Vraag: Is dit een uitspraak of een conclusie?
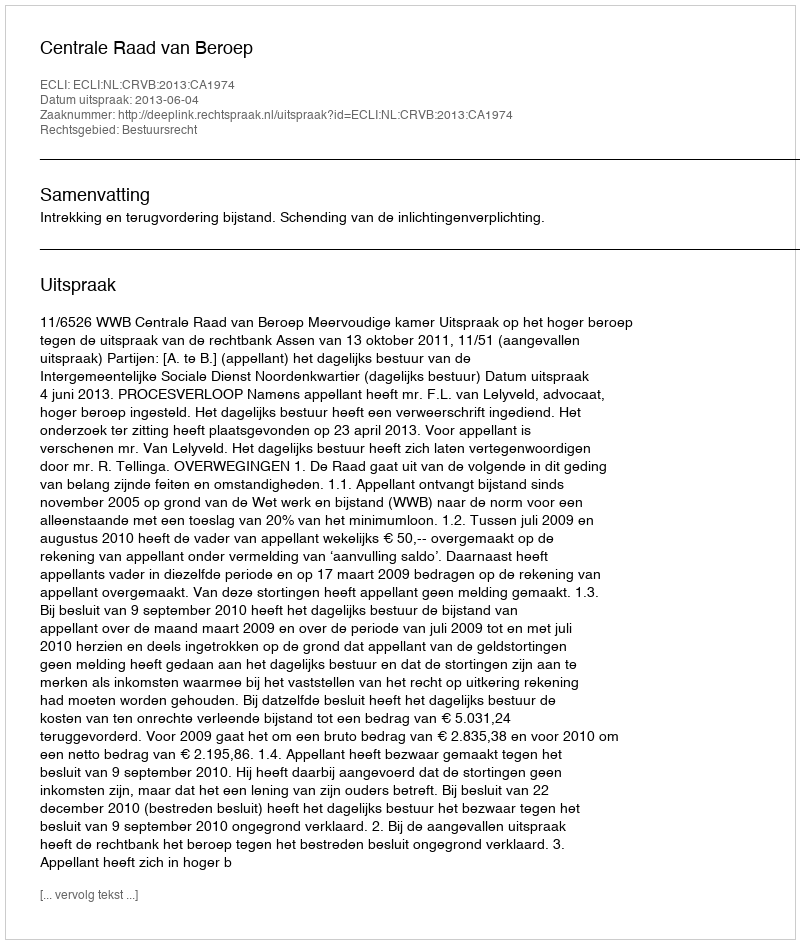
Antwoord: Uitspraak